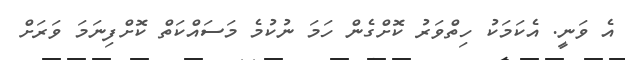
އެ ވަނީ. އެކަމަކު ހިތްވަރު ކޮށްގެން ހަމަ ނުކުމެ މަސައްކަތް ކޮށްފިނަމަ ވަރަށް